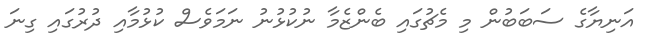
އަނިޔާގެ ސަބަބުން މި މެޗުގައި ބެންޒެމާ ނުކުޅުނު ނަމަވެސް ކުޅުމާއި ދުރުގައި ގިނަ